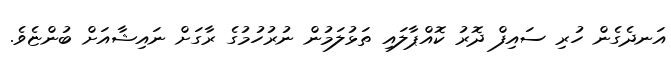
އަނދެގެން ހުރި ސައިފް ދޮރު ކޮއްޕާލައި ތަޅުލަމުން ނުރުހުމުގެ ރާގަށް ނައިޝާއަށް ބުންޏެވެ.